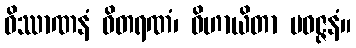
ဝိဿာဏနံ ဝိတရဏံ၊ ဝိဟာယိတာ ပဝဇ္ဇနံ။